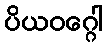
ပိယဝဂ္ဂေါ